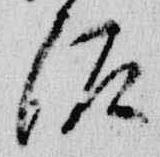
泥